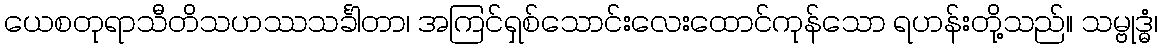
ယေစတုရာသီတိသဟဿသင်္ခါတာ၊ အကြင်ရှစ်သောင်းလေးထောင်ကုန်သော ရဟန်းတို့သည်။ သမ္ဗုဒ္ဓံ၊